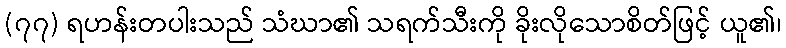
(၇၇) ရဟန်းတပါးသည် သံဃာ၏ သရက်သီးကို ခိုးလိုသောစိတ်ဖြင့် ယူ၏၊